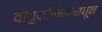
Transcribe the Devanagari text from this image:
वायुकलिकामधून